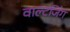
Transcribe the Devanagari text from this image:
वाल्टजिंग